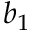
b _ { 1 }